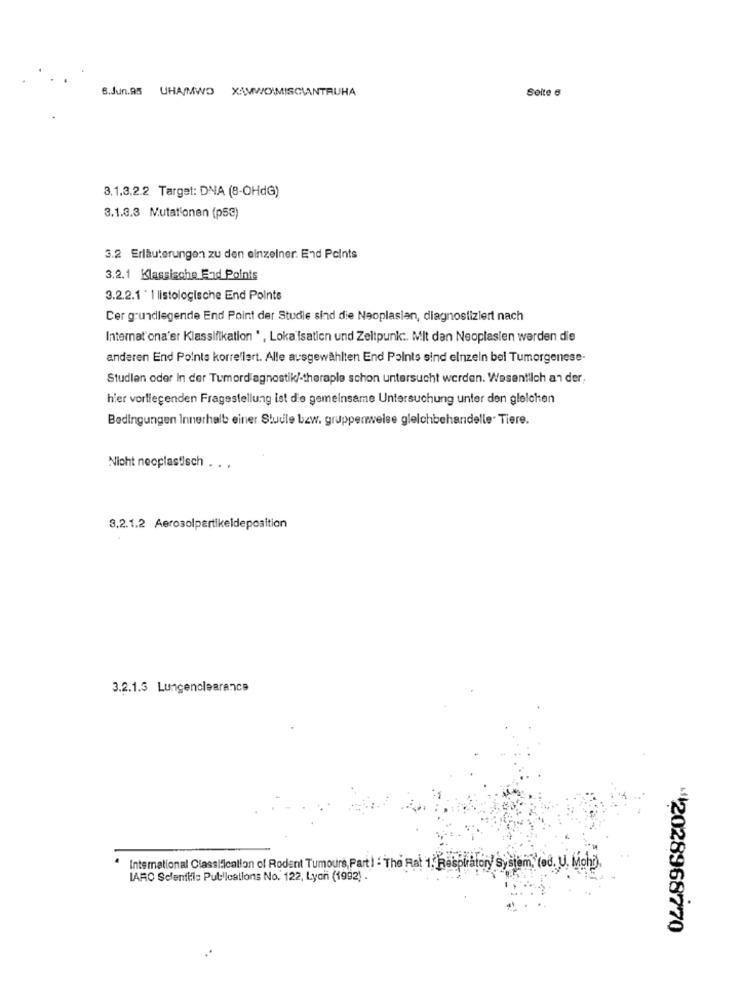
6.Jun.AS
UHA/MWO XAMWOWMISCIANTRUHA
Seite 6
3.1.3.2.2 Target: DNA (8-OHdG)
3.1.3.3 Mutationen (p53)
3.2 Erläuterungen zu den einzelner. End Points
3.2.1 Klassische End Points
3.2.2.1 ' 1 listologische End Points
Cer grundlegende End Point der Studie sind die Neoplasian, diagnostiziert nach
Internat'ona'er Klassifikation * , Loka isation und Zeltpunk :. Mit dan Neoplaslen werden die
anderen End Points korre lert. Alle ausgewählten End Points sind einzeln bel Tumorgenese-
Studien oder In der Tumordiagnostik/-theraple schon untersucht werden. Wesentlich an der;
hier vorliegenden Fragestellung ist die gemeinsame Untersuchung unter den gleichen
Bedingungen Innerhalb einer Studle bzw. gruppenweise gleichbehandelle- Tiere.
Nicht neoplastisch . . .
3.2.1.2 Aerosolpartikeldeposition
3.2.1.5 Lungenclearance
International Classification of Rodent Tumours, Parti : The Rat 1, Respiratory System, (ed. U. Mohd).
IARC Scientific Publications No. 122, Lyon (1992) .
12028968770